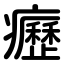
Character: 癧